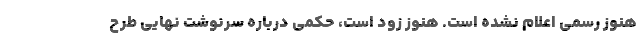
هنوز رسمی اعلام نشده است. هنوز زود است، حکمی درباره سرنوشت نهایی طرح